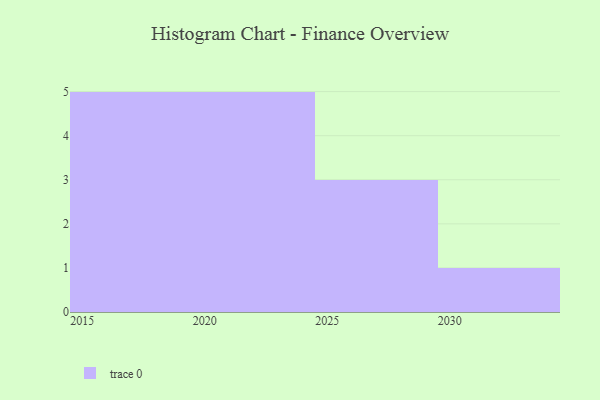
{"axis": {"x": "Year", "y": "Website Visitors"}, "legend": [""], "data": [{"x": "2019", "y": 15, "type": ""}, {"x": "2015", "y": 46, "type": ""}, {"x": "2028", "y": 21, "type": ""}, {"x": "2025", "y": 50, "type": ""}, {"x": "2020", "y": 57, "type": ""}, {"x": "2026", "y": 31, "type": ""}, {"x": "2024", "y": 46, "type": ""}, {"x": "2016", "y": 39, "type": ""}, {"x": "2023", "y": 43, "type": ""}, {"x": "2030", "y": 96, "type": ""}, {"x": "2017", "y": 2, "type": ""}, {"x": "2021", "y": 45, "type": ""}, {"x": "2018", "y": 36, "type": ""}, {"x": "2022", "y": 10, "type": ""}]}